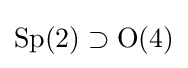
\operatorname {Sp} (2)\supset \operatorname {O} (4)